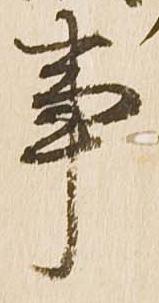
事